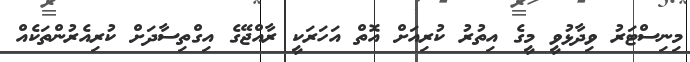
މިނިސްޓަރު ވިދާޅުވީ މީގެ އިތުރު ކުރިއަށް އޮތް އަހަރަކީ ރާއްޖޭގެ އިގްތިސާދަށް ކުރިއެރުންތަކެއް